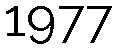
1977